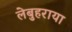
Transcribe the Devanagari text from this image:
लेबुहराया